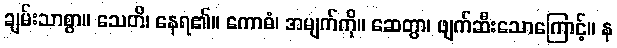
ချမ်းသာစွာ။ သေတိ၊ နေရ၏။ ကောဓံ၊ အမျက်ကို။ ဆေတွာ၊ ဖျက်ဆီးသောကြောင့်။ န